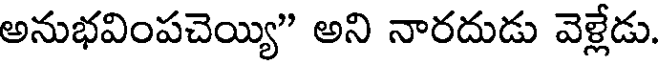
అనుభవింపచెయ్యి" అని నారదుడు వెళ్లేడు.